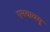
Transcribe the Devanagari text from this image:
एनवाययू